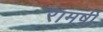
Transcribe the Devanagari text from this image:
रामर्षी